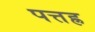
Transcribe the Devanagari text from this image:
पत्तह्र